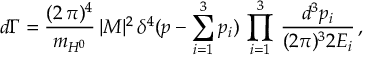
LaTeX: d \Gamma = \frac { ( 2 \, \pi ) ^ { 4 } } { m _ { H ^ { 0 } } } \, | M | ^ { 2 } \, \delta ^ { 4 } ( p - \sum _ { i = 1 } ^ { 3 } p _ { i } ) \, \prod _ { i = 1 } ^ { 3 } \, \frac { d ^ { 3 } p _ { i } } { ( 2 \pi ) ^ { 3 } 2 E _ { i } } \, ,